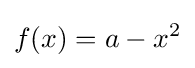
f(x)=a-x^{2}